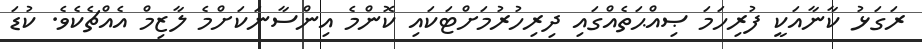
ރަގަޅު ކާނާއަކީ ފުރިހަމަ ޞިއްޙަތެއްގައި ދިރިހުރުމަށްޓަކައި ކޮންމެ އިންސާނަކަށްމެ ލާޒިމް އެއްޗެކެވެ. ކުޑަ